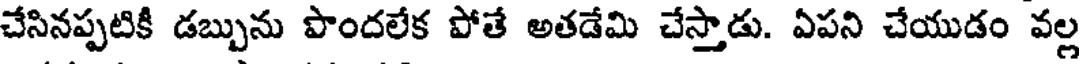
చేసినప్పటికి డబ్బును పొందలేక పోతే అతడేమి చేస్తాడు. ఏపని చేయుడం వల్ల